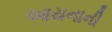
આયનાની